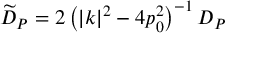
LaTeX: \widetilde { D } _ { P } = 2 \left( \left| k \right| ^ { 2 } - 4 p _ { 0 } ^ { 2 } \right) ^ { - 1 } D _ { P }